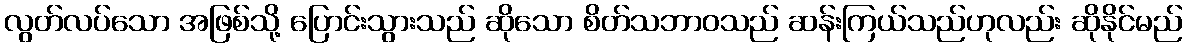
လွတ်လပ်သော အဖြစ်သို့ ပြောင်းသွားသည် ဆိုသော စိတ်သဘာဝသည် ဆန်းကြယ်သည်ဟုလည်း ဆိုနိုင်မည်